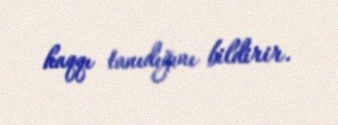
haqqı tanıdığını bildirir.